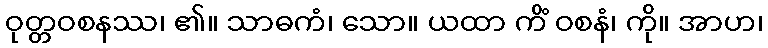
ဝုတ္တဝစနဿ၊ ၏။ သာဓကံ၊ သော။ ယထာ ကိံ ဝစနံ၊ ကို။ အာဟ၊